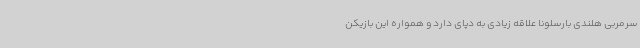
سرمربی هلندی بارسلونا علاقه زیادی به دپای دارد و همواره این بازیکن